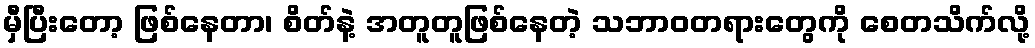
မှီပြီးတော့ ဖြစ်နေတာ၊ စိတ်နဲ့ အတူတူဖြစ်နေတဲ့ သဘာဝတရားတွေကို စေတသိက်လို့